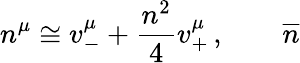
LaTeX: n^{\mu}\cong v_{-}^{\mu}+\frac{n^{2}}{4}v_{+}^{\mu}\, ,\qquad\overline{{{n}}}